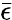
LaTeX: \bar{\epsilon}